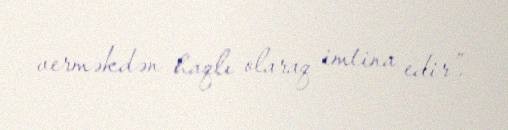
verməkdən haqlı olaraq imtina edir”.